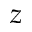
z